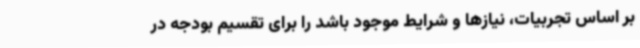
بر اساس تجربیات، نیازها و شرایط موجود باشد را برای تقسیم‌ بودجه در